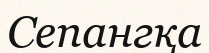
Сепангқа